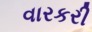
વારકરી